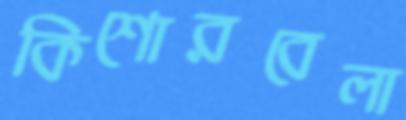
কিশোরবেলা